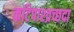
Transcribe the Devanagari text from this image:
कटिपाश्व्रच्छदा